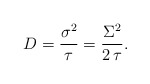
\begin{align*}D = \frac{\sigma^2}{\tau} = \frac{\Sigma^2}{2\,\tau}.\end{align*}